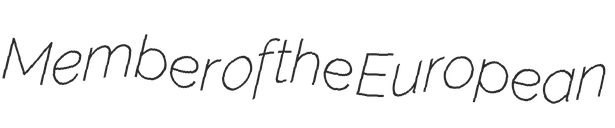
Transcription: Member of the European